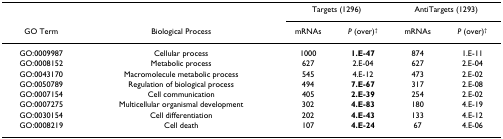
|  |  | <COLSPAN=2> Targets (1296) | <COLSPAN=2> AntiTargets (1293) |
 | GO Term | Biological Process | mRNAs | P (over)† | mRNAs | P (over)† |
 | --- | --- | --- | --- | --- | --- |
 | GO:0009987 | Cellular process | 1000 | 1.E-47 | 874 | 1.E-11 |
 | GO:0008152 | Metabolic process | 627 | 2.E-04 | 627 | 2.E-04 |
 | GO:0043170 | Macromolecule metabolic process | 545 | 4.E-12 | 473 | 2.E-02 |
 | GO:0050789 | Regulation of biological process | 494 | 7.E-67 | 317 | 2.E-08 |
 | GO:0007154 | Cell communication | 405 | 2.E-39 | 254 | 2.E-02 |
 | GO:0007275 | Multicellular organismal development | 302 | 4.E-83 | 180 | 4.E-19 |
 | GO:0030154 | Cell differentiation | 202 | 4.E-43 | 133 | 4.E-12 |
 | GO:0008219 | Cell death | 107 | 4.E-24 | 67 | 4.E-06 |